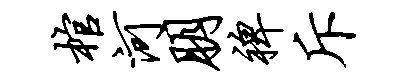
棺河朋裨斥